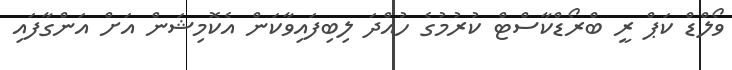
ވޯލްޑް ކަޕް ރީ ބްރޯޑްކާސްޓް ކުރުމުގެ ހުއްދަ ލިބިފައިވާކަން އެކޮމިޝަން އަށް އަންގާފައި